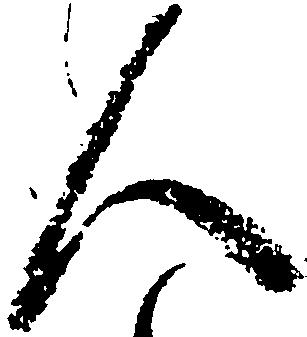
人